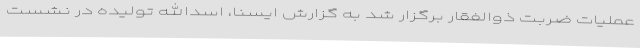
عملیات ضربت ذوالفقار برگزار شد به گزارش ایسنا، اسدالله تولیده در نشست